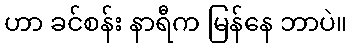
ဟာ ခင်စန်း နာရီက မြန်နေ ဘာပဲ။